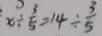
x \div \frac { 3 } { 5 } = 1 4 \div \frac { 3 } { 5 }